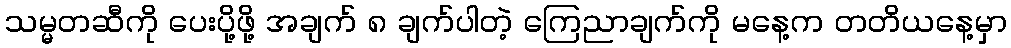
သမ္မတဆီကို ပေးပို့ဖို့ အချက် ၈ ချက်ပါတဲ့ ကြေညာချက်ကို မနေ့က တတိယနေ့မှာ